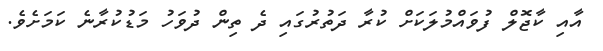
އާއި ކާޖޮލް ފުވައްމުލަކަށް ކުރާ ދަތުރުގައި ދެ ތިން ދުވަހު މަޑުކުރާނެ ކަމަށެވެ.